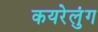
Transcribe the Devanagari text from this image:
कयरेलुंग